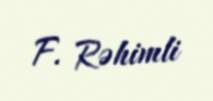
F. Rəhimli